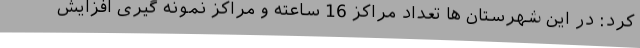
کرد: در این شهرستان ها تعداد مراکز 16 ساعته و مراکز نمونه گیری افزایش